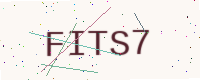
Text: FITS7